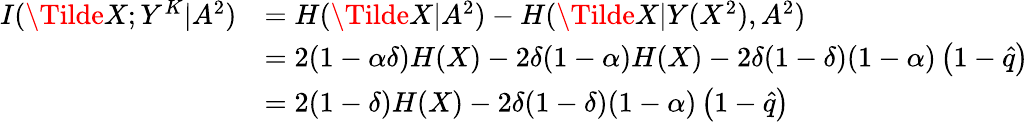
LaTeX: \begin{array}{rl}{I(\Tilde{{X}};{Y}^{K}|{A}^{2})}&{=H(\Tilde{{X}}|{A}^{2})-H(\Tilde{{X}}|{Y}({X}^{2}),{A}^{2})}\\ &{=2(1-\alpha\delta)H(X)-2\delta(1-\alpha)H(X)-2\delta(1-\delta)(1-\alpha)\left(1-\hat{q}\right)}\\ &{=2(1-\delta)H(X)-2\delta(1-\delta)(1-\alpha)\left(1-\hat{q}\right)}\end{array}